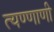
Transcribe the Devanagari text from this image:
त्यण्णाणी